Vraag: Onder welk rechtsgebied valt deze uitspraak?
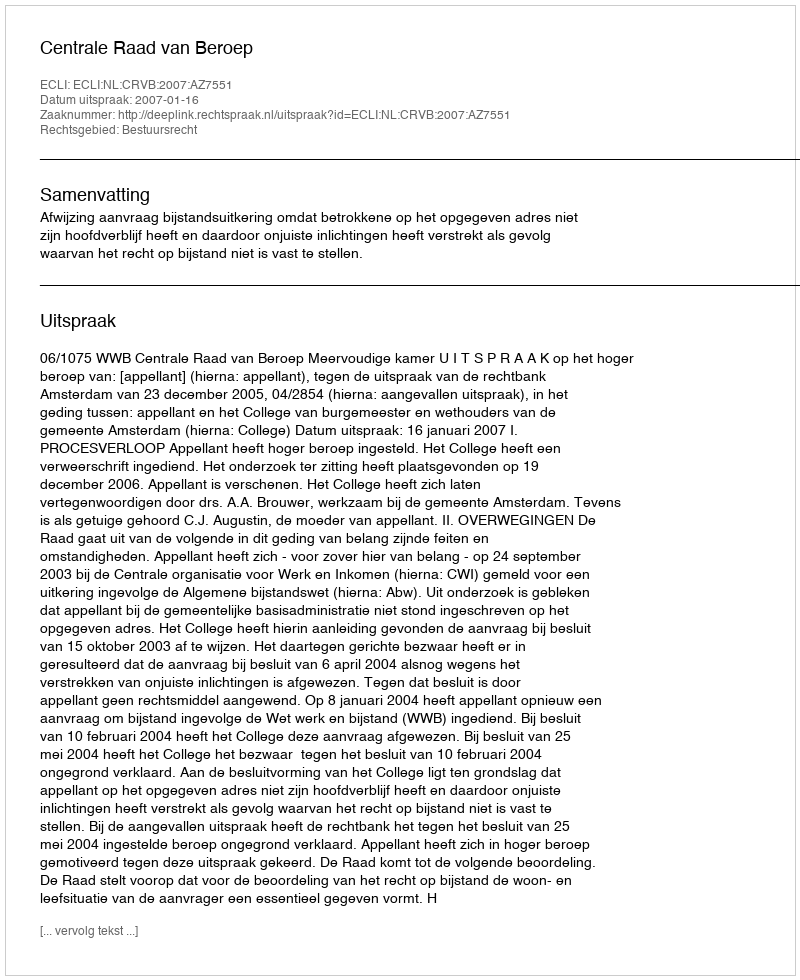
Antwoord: Bestuursrecht